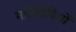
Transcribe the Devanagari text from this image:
गतिविविधों